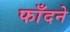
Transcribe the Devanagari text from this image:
फाँदने